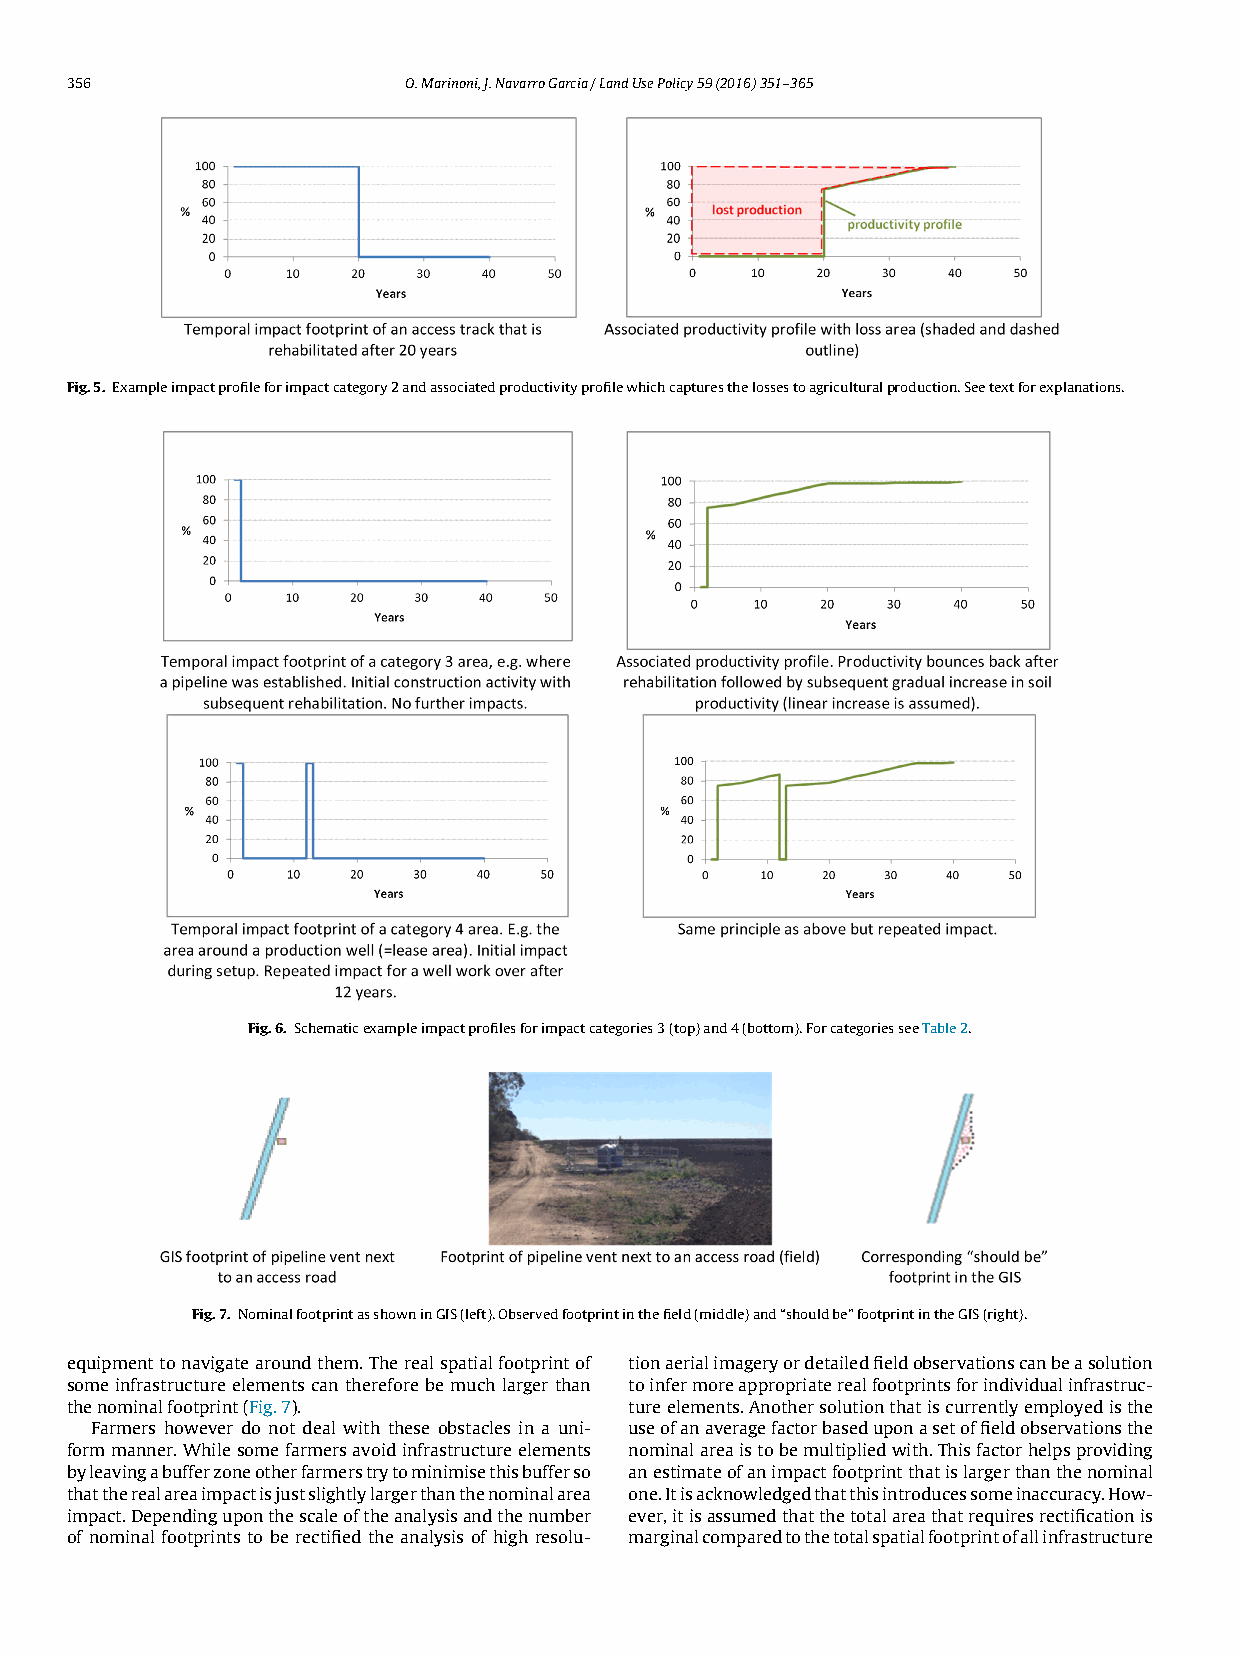
356                   O.Marinoni,J.NavarroGarcia/LandUsePolicy59(2016)351–365
 Fig.5. Exampleimpactprofileforimpactcategory2andassociatedproductivityprofilewhichcapturesthelossestoagriculturalproduction.Seetextforexplanations.
 Fig.6. Schematicexampleimpactprofilesforimpactcategories3(top)and4(bottom).ForcategoriesseeTable2.
 Fig.7. NominalfootprintasshowninGIS(left).Observedfootprintinthefield(middle)and“shouldbe”footprintintheGIS(right).
 equipmenttonavigatearoundthem.Therealspatialfootprintof tionaerialimageryordetailedfieldobservationscanbeasolution
 someinfrastructureelementscanthereforebemuchlargerthan toinfermoreappropriaterealfootprintsforindividualinfrastruc-
 thenominalfootprint(Fig.7).          tureelements.Anothersolutionthatiscurrentlyemployedisthe
 Farmers however do not deal with these obstacles in a uni- useofanaveragefactorbaseduponasetoffieldobservationsthe
 formmanner.Whilesomefarmersavoidinfrastructureelements nominalareaistobemultipliedwith.Thisfactorhelpsproviding
 byleavingabufferzoneotherfarmerstrytominimisethisbufferso anestimateofanimpactfootprintthatislargerthanthenominal
 thattherealareaimpactisjustslightlylargerthanthenominalarea one.Itisacknowledgedthatthisintroducessomeinaccuracy.How-
 impact.Dependinguponthescaleoftheanalysisandthenumber ever,itisassumedthatthetotalareathatrequiresrectificationis
 of nominal footprints to be rectified the analysis of high resolu- marginalcomparedtothetotalspatialfootprintofallinfrastructure